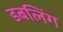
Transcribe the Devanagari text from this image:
डबलिंग